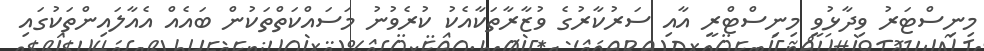
މިނިސްޓަރު ވިދާޅުވީ މިނިސްޓްރީ އާއި ސަރުކާރުގެ ވުޒާރާތަކާއެކު ކުރެވުނު މަސައްކަތްތަކުން ބައެއް އެއާލައިންތަކުގައި